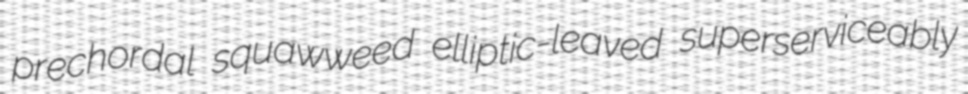
prechordal squawweed elliptic-leaved superserviceably